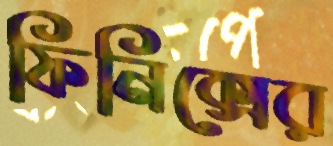
ফিনিক্সের